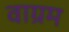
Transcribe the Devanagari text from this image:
वाग्रम